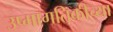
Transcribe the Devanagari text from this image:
उष्मागतिकीच्या